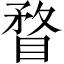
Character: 瞀